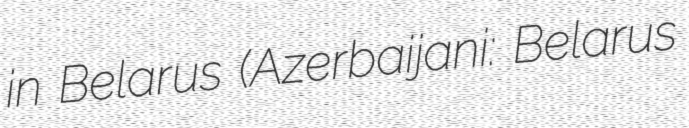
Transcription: in Belarus (Azerbaijani: Belarus